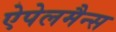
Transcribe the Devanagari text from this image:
ऐपेलमैन्स